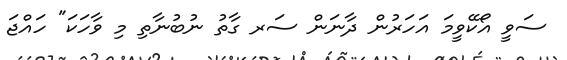
ސަވީ އޯކޭވީމަ އަހަރުން ދާނަން ސަރ ގާތު ނުބުނާތި މި ވާހަކަ" ހައްޖަ